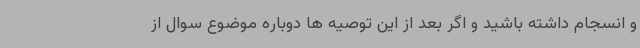
و انسجام داشته باشید و اگر بعد از این توصیه ها دوباره موضوع سوال از